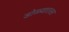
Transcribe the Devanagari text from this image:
डोळ्यातला